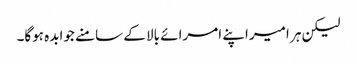
لیکن ہر امیراپنے امرائے بالا کے سامنے جوابدہ ہوگا۔